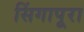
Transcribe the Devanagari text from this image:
सिंगापूरा